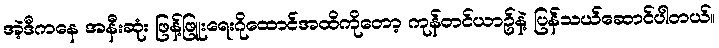
အဲ့ဒီကနေ အနီးဆုံး ဖြန့်ဖြူးရေးဂိုထောင်အထိကိုတော့ ကုန်တင်ယာဥ်နဲ့ ပြန်သယ်ဆောင်ပါတယ်။